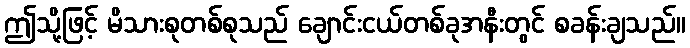
ဤသို့ဖြင့် မိသားစုတစ်စုသည် ချောင်းငယ်တစ်ခုအနီးတွင် စခန်းချသည်။